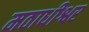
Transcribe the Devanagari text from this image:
मठाधीश्वर